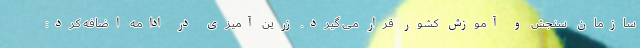
سازمان سنجش و آموزش کشور قرار می گیرد. زرین آمیزی در ادامه اضافه کرد: